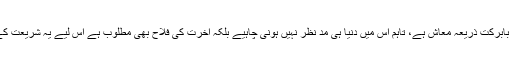
ثابت ہوا کہ تجارت بابرکت ذریعہ معاش ہے، تاہم اس میں دنیا ہی مد نظر نہیں ہونی چاہیے بلکہ آخرت کی فلاح بھی مطلوب ہے اس لیے یہ شریعت کے تابع ہونی چاہیے۔